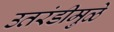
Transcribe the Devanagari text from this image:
उतरंडीमुळे